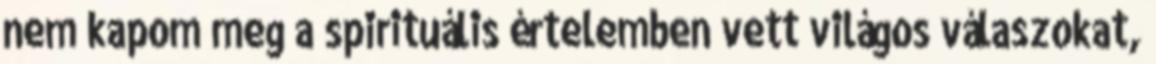
nem kapom meg a spirituális értelemben vett világos válaszokat,